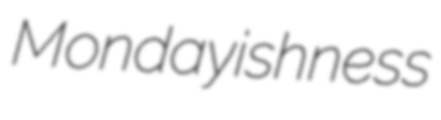
Mondayishness